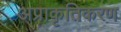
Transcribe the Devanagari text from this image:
अप्राकृतिकरण